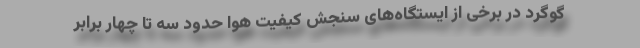
گوگرد در برخی از ایستگاه‌های سنجش کیفیت هوا حدود سه تا چهار برابر